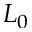
L _ { 0 }